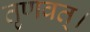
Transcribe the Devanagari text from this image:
तृणवत्।